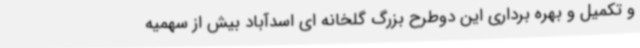
و تکمیل و بهره برداری این دوطرح بزرگ گلخانه ای اسدآباد بیش از سهمیه